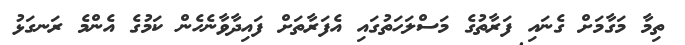
ތިމާ މަގާމަށް ގެނައި ފަރާތުގެ މަސްލަހަތުގައި އެފަރާތަށް ފައިދާވާނެހެން ކަމުގެ އެންމެ ރަނގަޅު